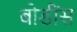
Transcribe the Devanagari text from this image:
बोडींस